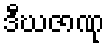
ဒီဃဇာဏု